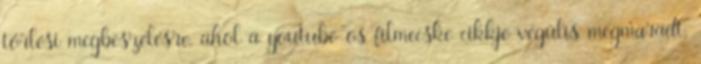
törlési megbeszélésre, ahol a youtube-os filmecske cikkje végülis megmaradt,